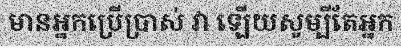
មានអ្នកប្រើប្រាស់ វា ឡើយសូម្បីតែអ្នក